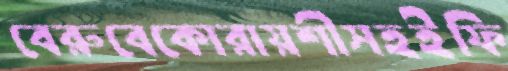
বেরুবেকোরায়শীসহইফি